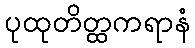
ပုထုတိတ္ထကရာနံ